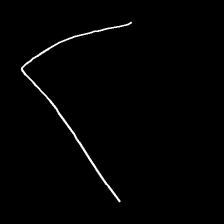
Glyph: region